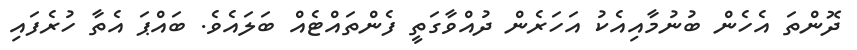
ދޮންތަ އެހެން ބުނުމާއިއެކު އަހަރެން ދުއްވާގަތީ ފެންތައްޓެއް ބަލައެވެ. ބައްޕަ އެތާ ހުރެފައި